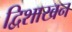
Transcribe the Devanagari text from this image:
द्विशाखन